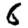
Digit: 6